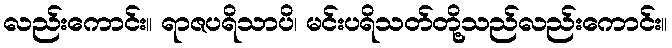
လည်းကောင်း။ ရာဇပရိသာပိ၊ မင်းပရိသတ်တို့သည်လည်းကောင်း။